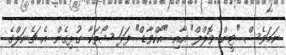
ނަމަވެސް "ޓީން ވޮލްފް" އާއި "އޯކްވާޑް" ފަދަ ޝޯތަކާ ގުޅިގެން އެ ޗެނަލްގެ